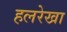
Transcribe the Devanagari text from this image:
हलरेखा